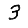
Digit: 3